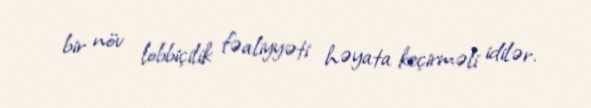
bir növ lobbiçilik fəaliyyəti həyata keçirməli idilər.